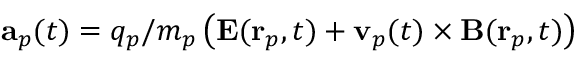
\mathbf { a } _ { p } ( t ) = q _ { p } / m _ { p } \left( \mathbf { E } ( \mathbf { r } _ { p } , t ) + \mathbf { v } _ { p } ( t ) \times \mathbf { B } ( \mathbf { r } _ { p } , t ) \right)